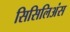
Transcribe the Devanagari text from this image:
सिसिलिअंस